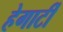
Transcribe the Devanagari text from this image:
हेगार्टी